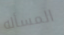
المسأله